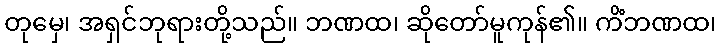
တုမှေ၊ အရှင်ဘုရားတို့သည်။ ဘဏထ၊ ဆိုတော်မူကုန်၏။ ကိံဘဏထ၊